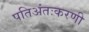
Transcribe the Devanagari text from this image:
पतिअंतःकरणी